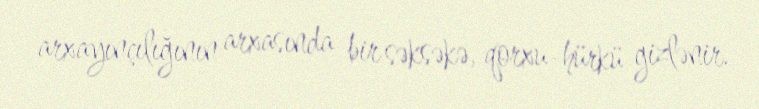
arxayınçılığının arxasında bir səksəkə, qorxu-hürkü gizlənir.